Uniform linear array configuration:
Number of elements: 8
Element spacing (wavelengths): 0.5
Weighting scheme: exponential
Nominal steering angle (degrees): -15
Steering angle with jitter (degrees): -14.831
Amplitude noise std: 0.05
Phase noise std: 0.05

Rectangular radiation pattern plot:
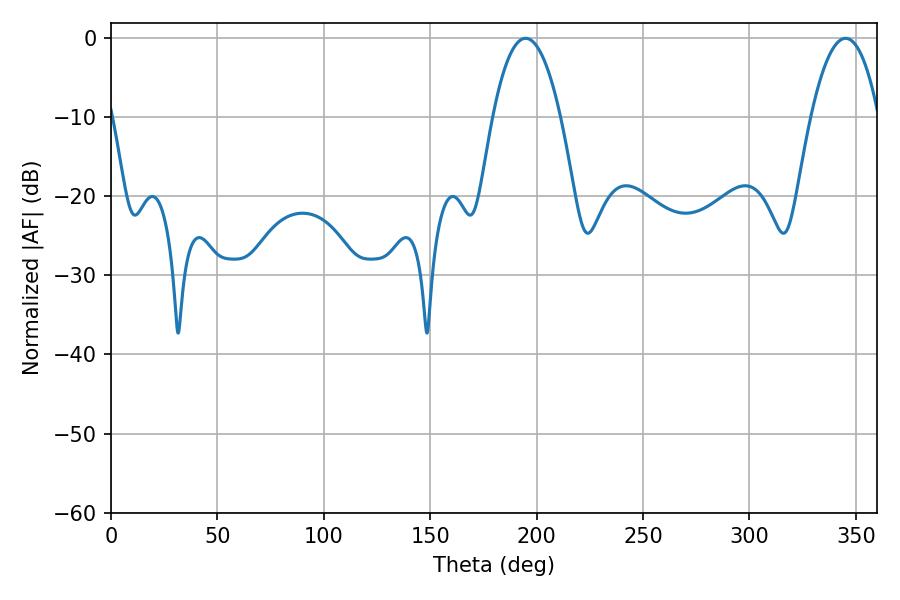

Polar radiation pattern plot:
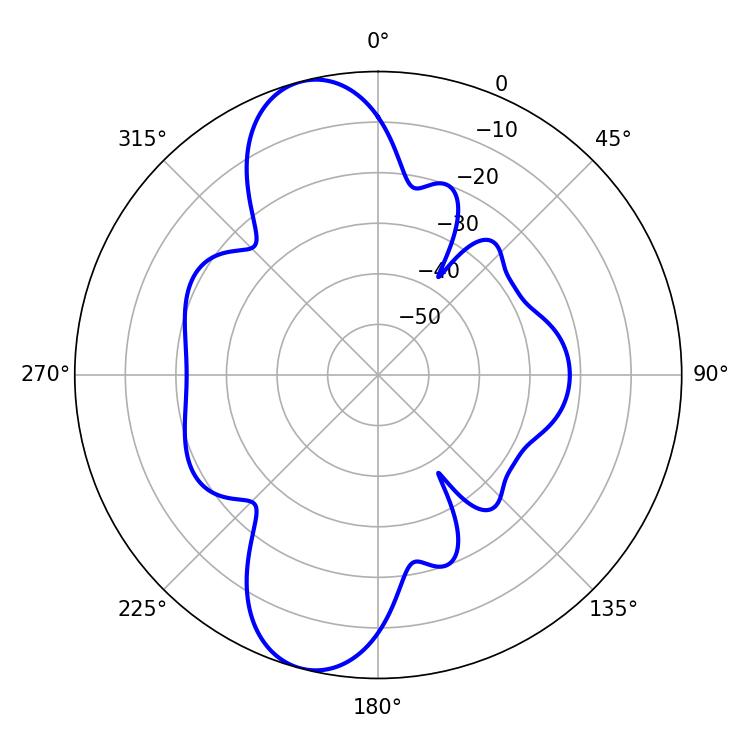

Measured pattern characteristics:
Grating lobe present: FALSE
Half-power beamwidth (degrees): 17.64
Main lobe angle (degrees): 194.76